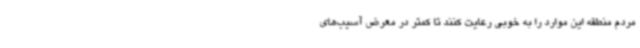
مردم منطقه این موارد را به خوبی رعایت کنند تا کمتر در معرض آسیب‌های